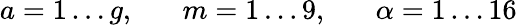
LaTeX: a=1\ldots g,\; \; \; \; \; \; m=1\ldots 9,\; \; \; \; \; \; \alpha=1\ldots 16